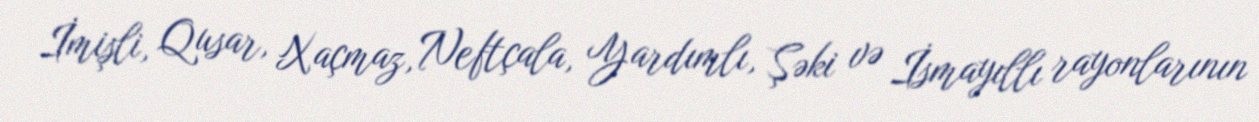
İmişli, Qusar, Xaçmaz, Neftçala, Yardımlı, Şəki və İsmayıllı rayonlarının